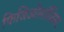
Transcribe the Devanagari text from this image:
फिजिओलॉजिस्ट